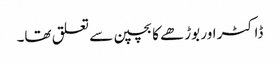
ڈاکٹر اور بوڑھے کا بچپن سے تعلق تھا۔